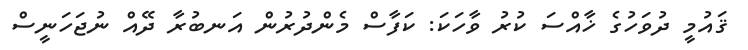
ޤައުމީ ދުވަހުގެ ޚާއްސަ ކުރު ވާހަކަ: ކަފާސް މެންދުރުން އަނބުރާ ދޭއް ނުޖަހަނީސް